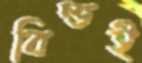
বিল্ডই